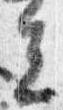
去